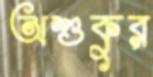
অশুকুর